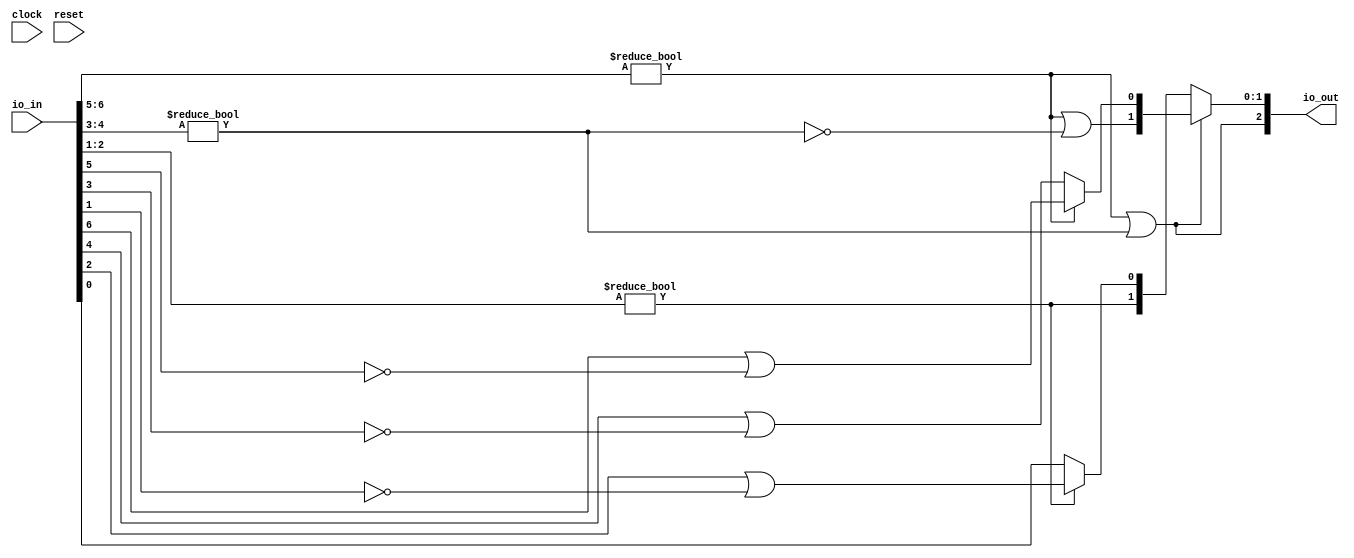
module ILZD7(
  input        clock,
  input        reset,
  input  [6:0] io_in,
  output [2:0] io_out
);
  wire [3:0] _T; // @[LZD.scala 43:32]
  wire [1:0] _T_1; // @[LZD.scala 43:32]
  wire  _T_2; // @[LZD.scala 39:14]
  wire  _T_3; // @[LZD.scala 39:21]
  wire  _T_4; // @[LZD.scala 39:30]
  wire  _T_5; // @[LZD.scala 39:27]
  wire  _T_6; // @[LZD.scala 39:25]
  wire [1:0] _T_7; // @[Cat.scala 29:58]
  wire [1:0] _T_8; // @[LZD.scala 44:32]
  wire  _T_9; // @[LZD.scala 39:14]
  wire  _T_10; // @[LZD.scala 39:21]
  wire  _T_11; // @[LZD.scala 39:30]
  wire  _T_12; // @[LZD.scala 39:27]
  wire  _T_13; // @[LZD.scala 39:25]
  wire [1:0] _T_14; // @[Cat.scala 29:58]
  wire  _T_15; // @[Shift.scala 12:21]
  wire  _T_16; // @[Shift.scala 12:21]
  wire  _T_17; // @[LZD.scala 49:16]
  wire  _T_18; // @[LZD.scala 49:27]
  wire  _T_19; // @[LZD.scala 49:25]
  wire  _T_20; // @[LZD.scala 49:47]
  wire  _T_21; // @[LZD.scala 49:59]
  wire  _T_22; // @[LZD.scala 49:35]
  wire [2:0] _T_24; // @[Cat.scala 29:58]
  wire [2:0] _T_25; // @[LZD.scala 44:32]
  wire [1:0] _T_26; // @[LZD.scala 43:32]
  wire  _T_27; // @[LZD.scala 39:14]
  wire  _T_28; // @[LZD.scala 39:21]
  wire  _T_29; // @[LZD.scala 39:30]
  wire  _T_30; // @[LZD.scala 39:27]
  wire  _T_31; // @[LZD.scala 39:25]
  wire [1:0] _T_32; // @[Cat.scala 29:58]
  wire  _T_33; // @[LZD.scala 44:32]
  wire  _T_35; // @[Shift.scala 12:21]
  wire  _T_37; // @[LZD.scala 55:32]
  wire  _T_38; // @[LZD.scala 55:20]
  wire [1:0] _T_39; // @[Cat.scala 29:58]
  wire  _T_40; // @[Shift.scala 12:21]
  wire [1:0] _T_42; // @[LZD.scala 55:32]
  wire [1:0] _T_43; // @[LZD.scala 55:20]
  assign _T = io_in[6:3]; // @[LZD.scala 43:32]
  assign _T_1 = _T[3:2]; // @[LZD.scala 43:32]
  assign _T_2 = _T_1 != 2'h0; // @[LZD.scala 39:14]
  assign _T_3 = _T_1[1]; // @[LZD.scala 39:21]
  assign _T_4 = _T_1[0]; // @[LZD.scala 39:30]
  assign _T_5 = ~ _T_4; // @[LZD.scala 39:27]
  assign _T_6 = _T_3 | _T_5; // @[LZD.scala 39:25]
  assign _T_7 = {_T_2,_T_6}; // @[Cat.scala 29:58]
  assign _T_8 = _T[1:0]; // @[LZD.scala 44:32]
  assign _T_9 = _T_8 != 2'h0; // @[LZD.scala 39:14]
  assign _T_10 = _T_8[1]; // @[LZD.scala 39:21]
  assign _T_11 = _T_8[0]; // @[LZD.scala 39:30]
  assign _T_12 = ~ _T_11; // @[LZD.scala 39:27]
  assign _T_13 = _T_10 | _T_12; // @[LZD.scala 39:25]
  assign _T_14 = {_T_9,_T_13}; // @[Cat.scala 29:58]
  assign _T_15 = _T_7[1]; // @[Shift.scala 12:21]
  assign _T_16 = _T_14[1]; // @[Shift.scala 12:21]
  assign _T_17 = _T_15 | _T_16; // @[LZD.scala 49:16]
  assign _T_18 = ~ _T_16; // @[LZD.scala 49:27]
  assign _T_19 = _T_15 | _T_18; // @[LZD.scala 49:25]
  assign _T_20 = _T_7[0:0]; // @[LZD.scala 49:47]
  assign _T_21 = _T_14[0:0]; // @[LZD.scala 49:59]
  assign _T_22 = _T_15 ? _T_20 : _T_21; // @[LZD.scala 49:35]
  assign _T_24 = {_T_17,_T_19,_T_22}; // @[Cat.scala 29:58]
  assign _T_25 = io_in[2:0]; // @[LZD.scala 44:32]
  assign _T_26 = _T_25[2:1]; // @[LZD.scala 43:32]
  assign _T_27 = _T_26 != 2'h0; // @[LZD.scala 39:14]
  assign _T_28 = _T_26[1]; // @[LZD.scala 39:21]
  assign _T_29 = _T_26[0]; // @[LZD.scala 39:30]
  assign _T_30 = ~ _T_29; // @[LZD.scala 39:27]
  assign _T_31 = _T_28 | _T_30; // @[LZD.scala 39:25]
  assign _T_32 = {_T_27,_T_31}; // @[Cat.scala 29:58]
  assign _T_33 = _T_25[0:0]; // @[LZD.scala 44:32]
  assign _T_35 = _T_32[1]; // @[Shift.scala 12:21]
  assign _T_37 = _T_32[0:0]; // @[LZD.scala 55:32]
  assign _T_38 = _T_35 ? _T_37 : _T_33; // @[LZD.scala 55:20]
  assign _T_39 = {_T_35,_T_38}; // @[Cat.scala 29:58]
  assign _T_40 = _T_24[2]; // @[Shift.scala 12:21]
  assign _T_42 = _T_24[1:0]; // @[LZD.scala 55:32]
  assign _T_43 = _T_40 ? _T_42 : _T_39; // @[LZD.scala 55:20]
  assign io_out = {_T_40,_T_43}; // @[ILZD.scala 15:10]
endmodule